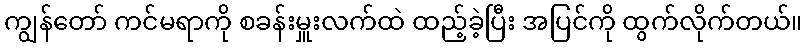
ကျွန်တော် ကင်မရာကို စခန်းမှူးလက်ထဲ ထည့်ခဲ့ပြီး အပြင်ကို ထွက်လိုက်တယ်။